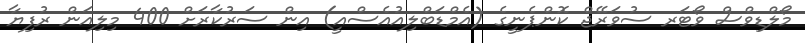
މޯލްޑިވްސް ވޯޓަރ ސުވަރޭޖް ކޮންޕެނީގެ (އެމްޑަބްލިއުއެސްއީ) އިން ސަރުކާރަށް 400 މިލިއަން ރުފިޔާ